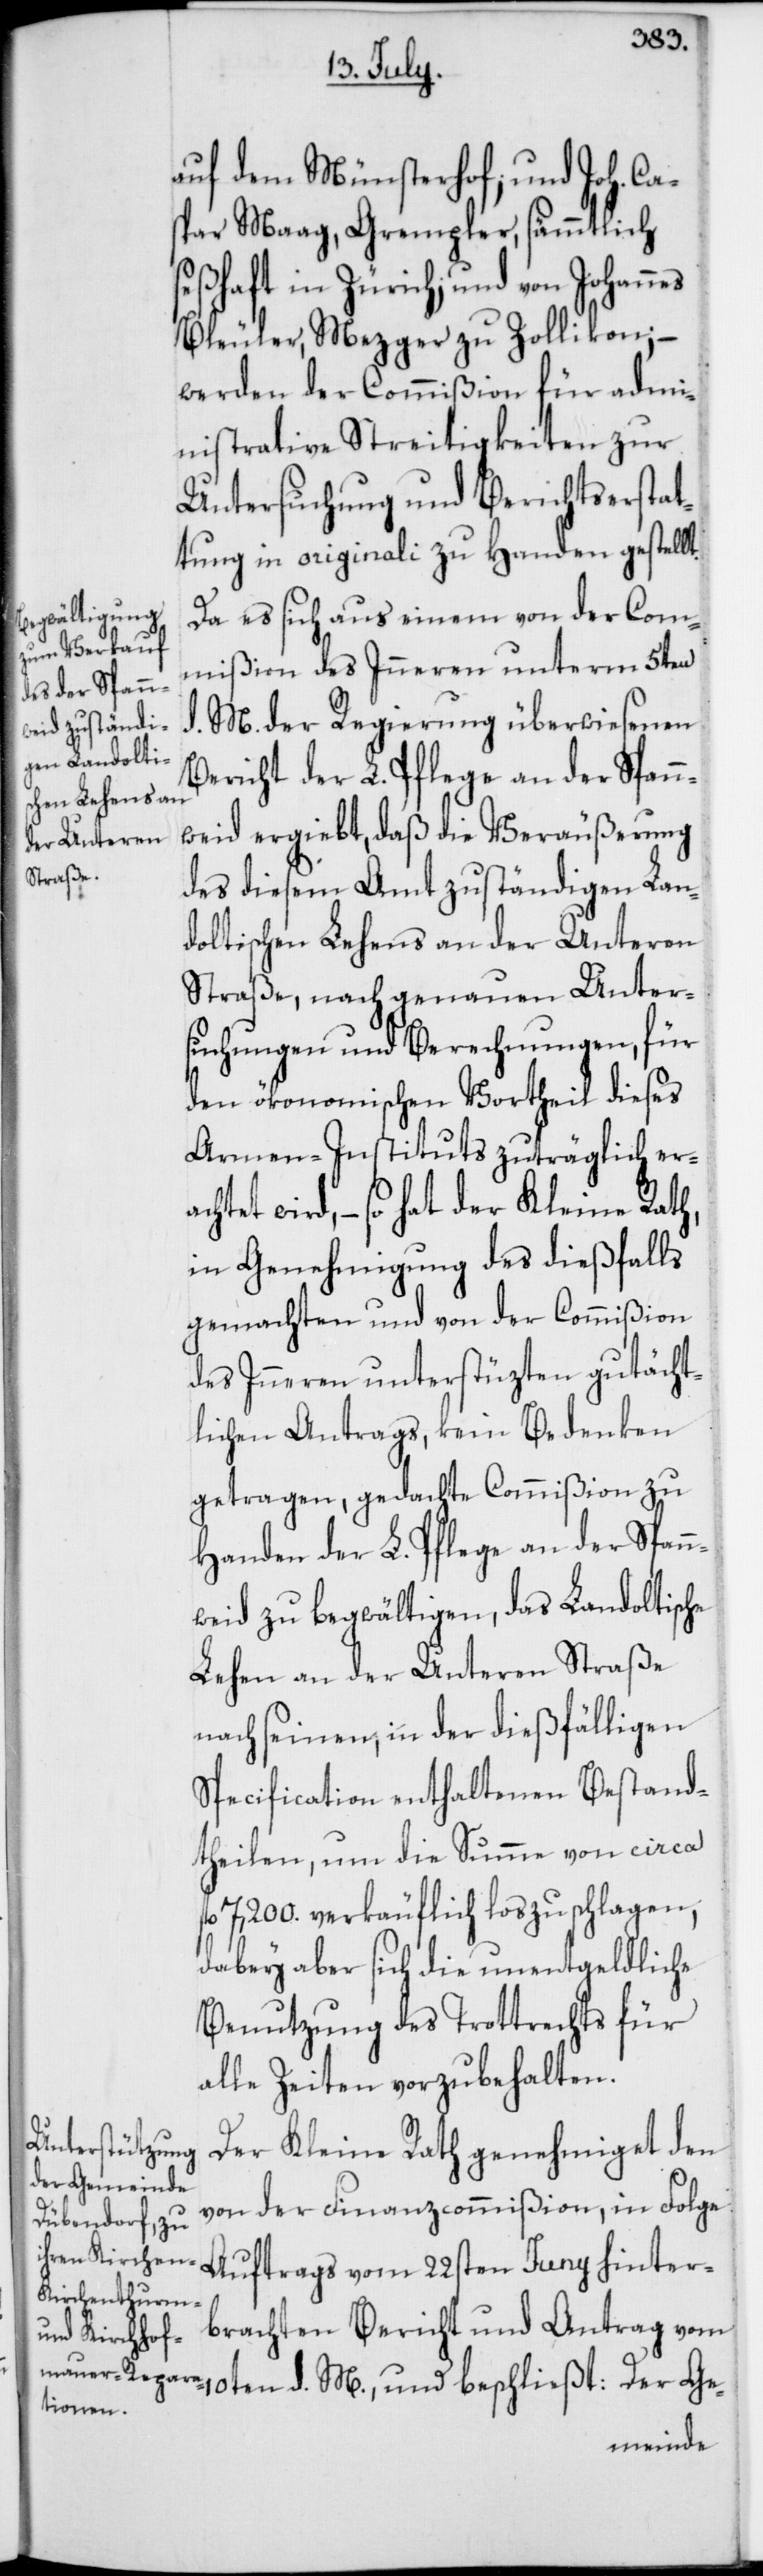
auf dem Münsterhof; und Joh. Ca¬
spar Maag, Grempler, sämmtlich
seßhaft in Zürich; und von
Bleuler, Mezger zu Zollikon; –
werden der Commißion für admi¬
nistrative Streitigkeiten zur
Untersuchung und Berichtserstat¬
tung in originali zu Handen gestellt.
Da es sich aus einem von der Com¬
mißion des Inneren unterm 5ten
d. M. der Regierung überwiesenen
Bericht der L. Pflege an der Span¬
weid ergiebt, daß die Veräußerung
des diesem Amt zuständigen Lan¬
doltischen Lehens an der Unteren
Straße, nach genauen Unter¬
suchungen und Berechnungen, für
den ökonomischen Vortheil dieses
Armen-Instituts zuträglich era¬
chtet wird, – so hat der Kleine Rath,
in Genehmigung des dießfalls
gemachten und von der Commißion
des Inneren unterstüzten gutächt¬
lichen Antrags, kein Bedenken
getragen, gedachte Commißion zu
Handen der L. Pflege an der Span¬
weid zu begwältigen, das Landoltische
Lehen an der Unteren Straße
nach seinen, in der dießfälligen
Specification enthaltenen Bestand¬
theilen, um die Summe von circa
fl. 7,200. verkäuflich loszuschlagen,
dabey aber sich die unentgeldliche
Benutzung des Trottrechts für
alle Zeiten vorzubehalten.
Der Kleine Rath genehmiget den
von der Finanzcommißion, in Folge
Auftrags vom 22sten Juny hinter¬
brachten Bericht und Antrag vo¬
m 10ten d. M. und beschließt: Der Ge-